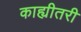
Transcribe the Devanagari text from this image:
काह्यीतरी